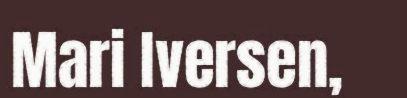
Mari Iversen,